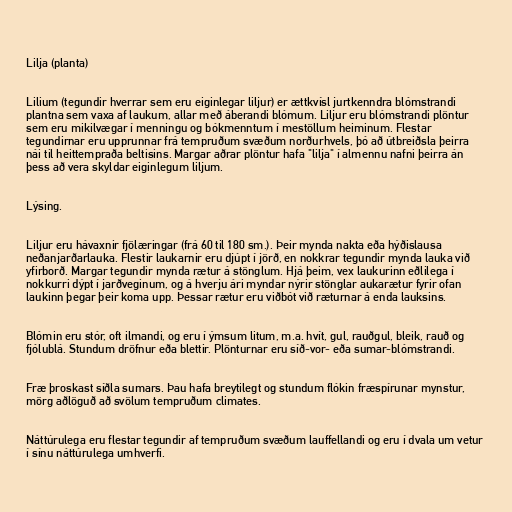
Lilja (planta)

Lilium (tegundir hverrar sem eru eiginlegar liljur) er ættkvísl jurtkenndra blómstrandi
plantna sem vaxa af laukum, allar með áberandi blómum. Liljur eru blómstrandi plöntur
sem eru mikilvægar í menningu og bókmenntum í mestöllum heiminum. Flestar
tegundirnar eru upprunnar frá tempruðum svæðum norðurhvels, þó að útbreiðsla þeirra
nái til heittempraða beltisins. Margar aðrar plöntur hafa "lilja" í almennu nafni þeirra án
þess að vera skyldar eiginlegum liljum.

Lýsing.

Liljur eru hávaxnir fjölæringar (frá 60 til 180 sm.). Þeir mynda nakta eða hýðislausa
neðanjarðarlauka. Flestir laukarnir eru djúpt í jörð, en nokkrar tegundir mynda lauka við
yfirborð. Margar tegundir mynda rætur á stönglum. Hjá þeim, vex laukurinn eðlilega í
nokkurri dýpt í jarðveginum, og á hverju ári myndar nýrir stönglar aukarætur fyrir ofan
laukinn þegar þeir koma upp. Þessar rætur eru viðbót við ræturnar á enda lauksins.

Blómin eru stór, oft ilmandi, og eru í ýmsum litum, m.a. hvít, gul, rauðgul, bleik, rauð og
fjólublá. Stundum dröfnur eða blettir. Plönturnar eru síð-vor- eða sumar-blómstrandi.

Fræ þroskast síðla sumars. Þau hafa breytilegt og stundum flókin fræspírunar mynstur,
mörg aðlöguð að svölum tempruðum climates.

Náttúrulega eru flestar tegundir af tempruðum svæðum lauffellandi og eru í dvala um vetur
í sínu náttúrulega umhverfi.